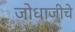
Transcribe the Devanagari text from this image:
जोधाजीचे